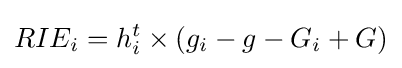
RIE_{i}=h_{i}^{t}\times \left(g_{i}-g-G_{i}+G\right)